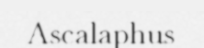
Ascalaphus